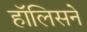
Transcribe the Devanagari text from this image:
हॉलिसने